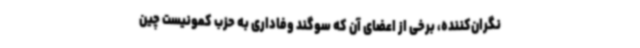
نگران‌کننده، برخی از اعضای آن که سوگند وفاداری به حزب کمونیست چین